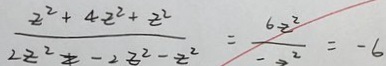
\frac { 2 ^ { 2 } + 4 - 2 ^ { 2 } + 2 ^ { 2 } } { 2 2 ^ { 2 } } = - 2 ^ { 2 } - z ^ { 2 } = \frac { 6 x ^ { 2 } } { 2 ^ { 2 } } = - 6